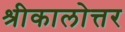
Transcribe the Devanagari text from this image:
श्रीकालोत्तर